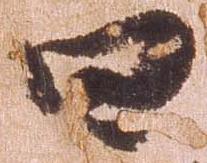
四